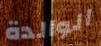
الوالدة